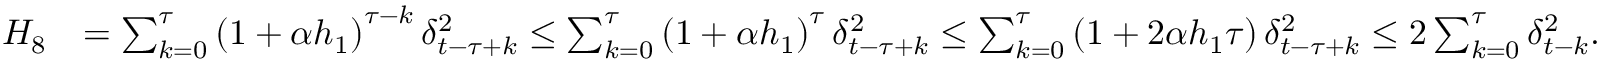
\begin{array} { r l } { H _ { 8 } } & { = \sum _ { k = 0 } ^ { \tau } \left( 1 + \alpha h _ { 1 } \right) ^ { \tau - k } \delta _ { t - \tau + k } ^ { 2 } \leq \sum _ { k = 0 } ^ { \tau } \left( 1 + \alpha h _ { 1 } \right) ^ { \tau } \delta _ { t - \tau + k } ^ { 2 } \leq \sum _ { k = 0 } ^ { \tau } \left( 1 + 2 \alpha h _ { 1 } \tau \right) \delta _ { t - \tau + k } ^ { 2 } \leq 2 \sum _ { k = 0 } ^ { \tau } \delta _ { t - k } ^ { 2 } . } \end{array}